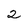
Character: 2